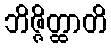
ဘိဇ္ဇိတ္ထာတိ